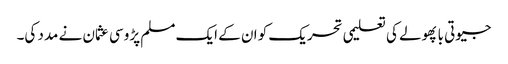
جیوتی با پھولے کی تعلیمی تحریک کو ان کے ایک مسلم پڑوسی عثمان نے مدد کی۔